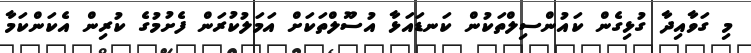
މި ގަވާއިދާ ގުޅިގެން ކައުންސިލްތަކުން ކަނޑައަޅާ އުސޫލްތަކަށް އަމަލުކުރަން ފެށުމުގެ ކުރިން އެކަންކަމާ